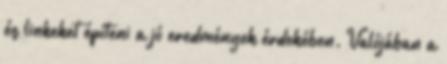
és linkeket építeni a jó eredmények érdekében. Valójában a